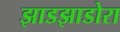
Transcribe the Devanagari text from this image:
झाडझाडोरा